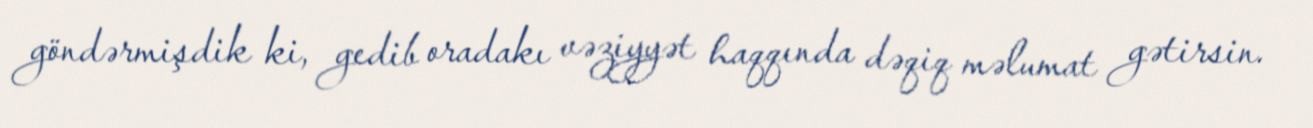
göndərmişdik ki, gedib oradakı vəziyyət haqqında dəqiq məlumat gətirsin.